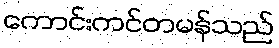
ကောင်းကင်တမန်သည်